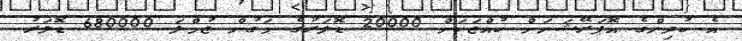
އެ ކުދިންގެ އޮޕަރޭޝަނަށް ކުއްޖަކަށް 20000 ޑޮލަރުގެ މަގުން ޖުމްލަ 680000 ޑޮލަރު